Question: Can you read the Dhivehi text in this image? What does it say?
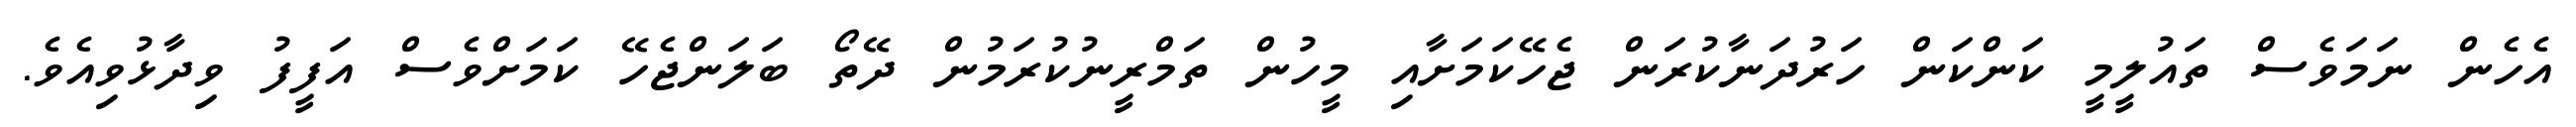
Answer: އެހެން ނަމަވެސް ތައުލީމީ ކަންކަން ހަރުދަނާކުރަން ޖެހޭކަމަށާއި މީހުން ތަމްރީނުކުރަމުން ދޭތޯ ބަލަންޖެހޭ ކަމަށްވެސް އަފީފު ވިދާޅުވިއެވެ.